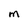
Character: M